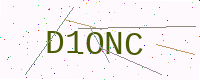
Text: D1ONC